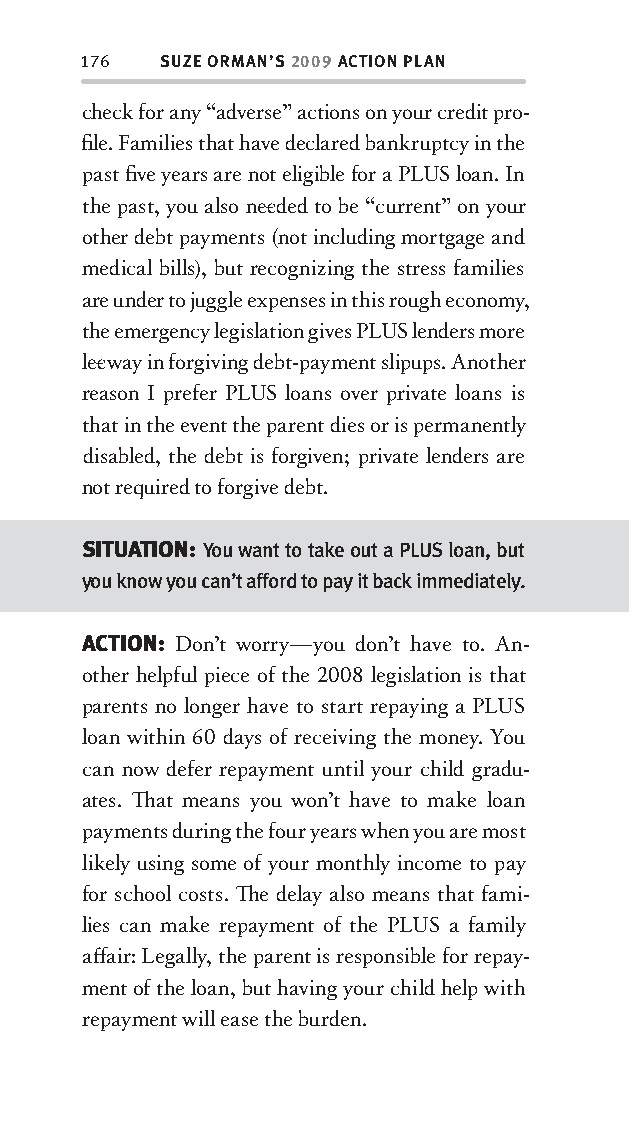
176  SUZE ORMAN’S 2009 ACTION PLAN
 check for any “adverse” actions on your credit pro-
 fi le. Families that have declared bankruptcy in the
 past fi ve years are not eligible for a PLUS loan. In
 the past, you also nee ded to be “current” on your
 other debt payments (not including mortgage and
 medical bills), but recognizing the stress families
 are under to juggle expenses in this rough economy,
 the emergency legislation gives PLUS lenders more
 lee way in forgiving debt-payment slipups. Another
 reason I prefer PLUS loans over private loans is
 that in the event the parent dies or is permanently
 disabled, the debt is forgiven; private lenders are
 not required to forgive debt.
 SITUATION: You want to take out a PLUS loan, but
 you know you can’t afford to pay it back immediately.
 ACTION: Don’t worry—you don’t have to. An-
 other helpful piece of the 2008 legislation is that
 parents no longer have to start repaying a PLUS
 loan within 60 days of receiving the money. You
 can now defer repayment until your child gradu-
 ates. Th at means you won’t have to make loan
 payments during the four years when you are most
 likely using some of your monthly income to pay
 for school costs. Th e delay also means that fami-
 lies can make repayment of the PLUS a family
 aff air: Legally, the parent is responsible for repay-
 ment of the loan, but having your child help with
 repayment will ease the burden.
 OOrrmmaa__99778800338855553300993344__44pp__aallll__rr11..iinndddd 117766 1122//33//0088 99::3311::3366 AAMM